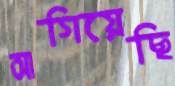
আগিয়েছি